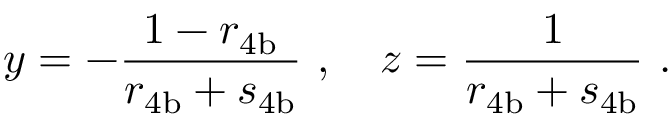
y = - \frac { 1 - r _ { \mathrm { 4 b } } } { r _ { \mathrm { 4 b } } + s _ { \mathrm { 4 b } } } \ , \ \ \ z = \frac { 1 } { r _ { \mathrm { 4 b } } + s _ { \mathrm { 4 b } } } \ .